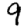
Digit: 9